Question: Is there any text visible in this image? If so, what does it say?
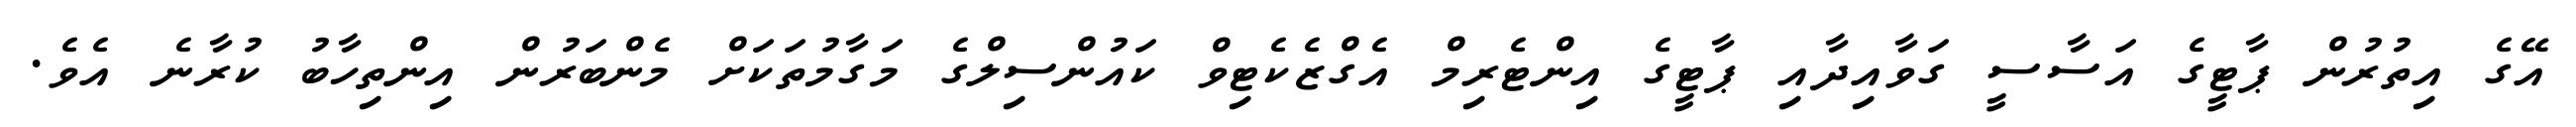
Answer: އޭގެ އިތުރުން ޕާޓީގެ އަސާސީ ގަވާއިދާއި ޕާޓީގެ އިންޓެރިމް އެގްޒެކެޓިވް ކައުންސިލްގެ މަގާމުތަކަށް މެންބަރުން އިންތިހާބު ކުރާނެ އެވެ.